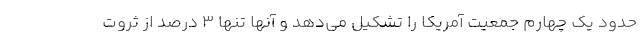
حدود یک چهارم جمعیت آمریکا را تشکیل می‌دهد و آنها تنها 3 درصد از ثروت